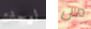
لوحات من